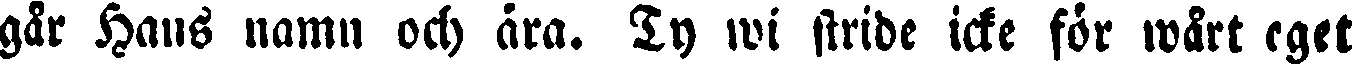
går Hans namn och ära. Ty wi stride icke för wårt eget